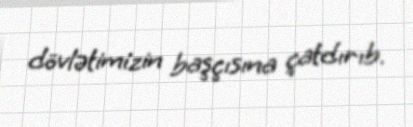
dövlətimizin başçısına çatdırıb.